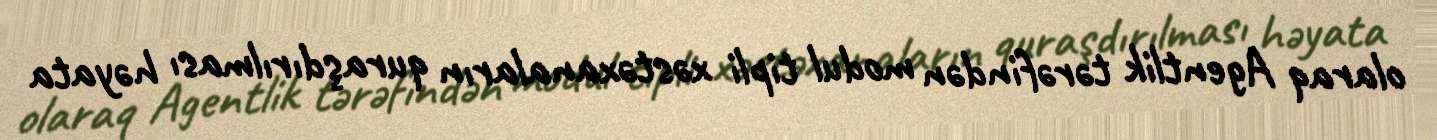
olaraq Agentlik tərəfindən modul tipli xəstəxanaların quraşdırılması həyata